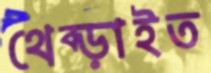
থেব্‌ড়াইত